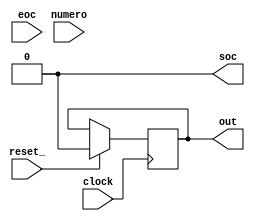
module ABC (
    clock, reset_, eoc, numero,
    soc, out
);
    input clock, reset_, eoc;
    input [7:0] numero;
    output soc, out;
    reg SOC;
    assign soc = SOC;
    reg OUT;
    assign out = OUT;
    reg [7:0] NUMERO;
    reg [7:0] COUNT;
    reg [2:0] STAR;
    localparam 
        S0 = 0,
        S1 = 1,
        S2 = 2,
        S3 = 3,
        S4 = 4;

    always @(reset_ == 0) #1 begin
        STAR <= S0;
        SOC <= 0;
        COUNT <= 6;
        NUMERO <= 6;
    end

    always @(posedge clock) if(reset_ == 1) #3 begin
        casex(STAR)
            S0: begin
                OUT <= 0;
                NUMERO <= COUNT;
                COUNT <= COUNT - 1;
                STAR <= S1;
            end
            S1: begin
                OUT <= 0;
                COUNT <= COUNT - 1;
                STAR <= (COUNT == 1) ? S2 : S1; 
            end
            S2: begin
                OUT <= 1;
                SOC <= 1;
                NUMERO <= NUMERO - 1;
                STAR <= (eoc == 0) ? S2 : S3;
            end
            S3: begin
                OUT <= 1;
                SOC <= 0;
                NUMERO <= NUMERO - 1;
                COUNT <= numero;
                STAR <= (eoc == 1) ? S4 : S3;
            end
            S4: begin
                OUT <= 1;
                NUMERO <= NUMERO - 1;
                STAR <= (NUMERO == 1) ? S0 : S4;
            end
        endcase
    end 

endmodule